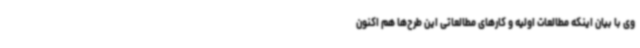
وی با بیان اینکه مطالعات اولیه و کارهای مطالعاتی این طرح‌ها هم اکنون